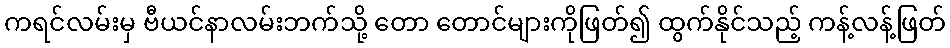
ကရင်လမ်းမှ ဗီယင်နာလမ်းဘက်သို့ တော တောင်များကိုဖြတ်၍ ထွက်နိုင်သည့် ကန့်လန့်ဖြတ်